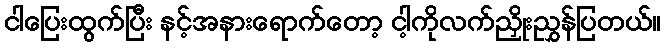
ငါပြေးထွက်ပြီး နင့်အနားရောက်တော့ ငါ့ကိုလက်ညှိုးညွှန်ပြတယ်။